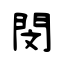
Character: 閔